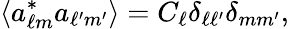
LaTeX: \langle a_{\ell m}^{*}a_{\ell^{\prime}m^{\prime}}\rangle=C_{\ell}\delta_{\ell\ell^{\prime}}\delta_{mm^{\prime}},